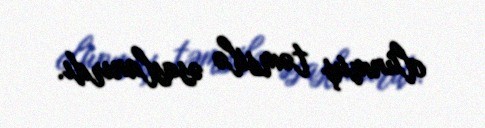
olunmuş təmsilə əsaslanırdı.